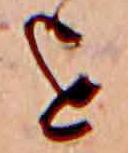
を